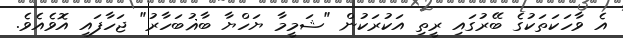
އެ ވާހަކަތަކުގެ ބޭރުގައި ރީތި އަކުރަކުން "ޝަމީމާ ޔަހްޔާ ބާޣުބަހާރު" ޖަހާފައި އޮވެއެވެ.